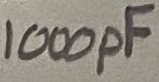
Text: 1000pF